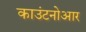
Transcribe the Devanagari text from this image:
काउंटनोआर